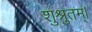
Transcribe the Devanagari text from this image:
शुश्रुतम्।